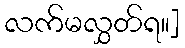
လက်မလွှတ်ရ။]